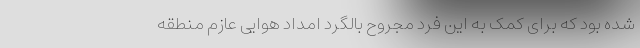
شده بود که برای کمک به این فرد مجروح بالگرد امداد هوایی عازم منطقه